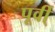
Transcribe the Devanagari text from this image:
पूर्वी्